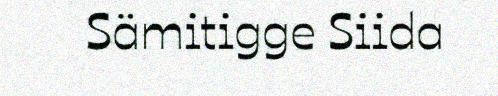
Sämitigge Siida